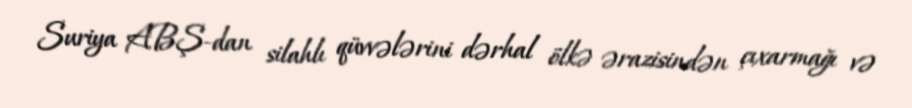
Suriya ABŞ-dan silahlı qüvvələrini dərhal ölkə ərazisindən çıxarmağı və